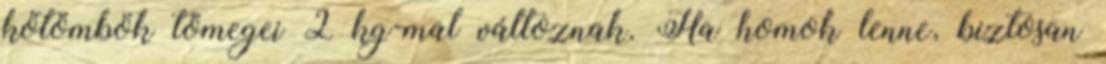
kőtömbök tömegei 2 kg-mal változnak. Ha homok lenne, biztosan